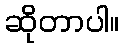
ဆိုတာပါ။